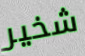
شخير